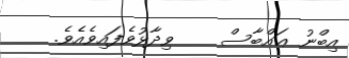
އިބްނު ޢައްބާސް    ވިދާޅުވެފައިވެއެވެ.